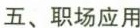
五、职场应用